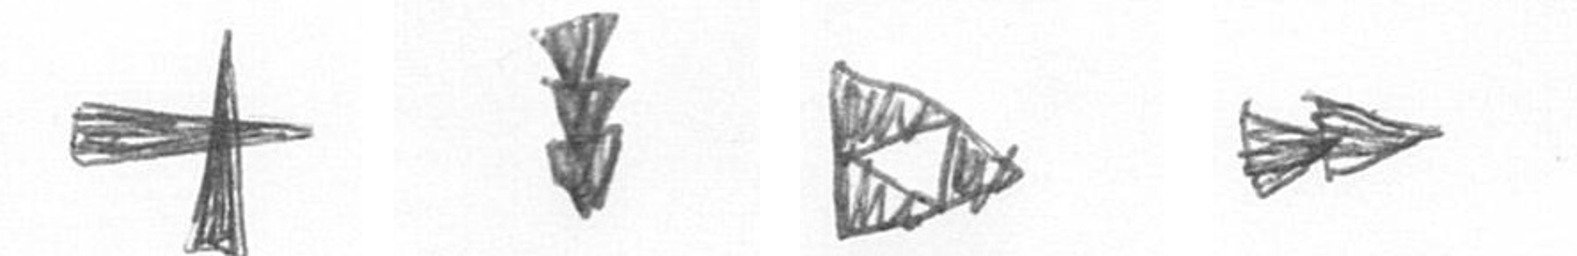
G E K A